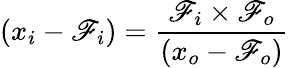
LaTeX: (x_{i}-\mathscr{F}_{i})=\frac{{\mathscr{F}_{i}\times\mathscr{F}_{o}}}{{(x_{o}-\mathscr{F}_{o})}}